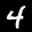
Label: 4